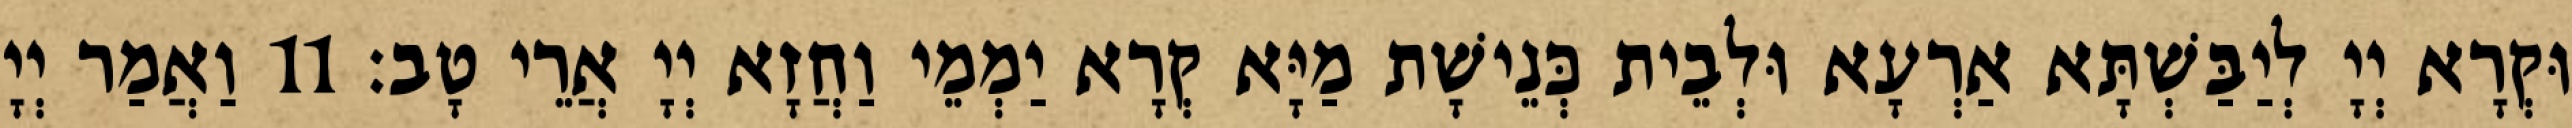
וּקְרָא יְיָ לְיַבַּשְׁתָּא אַרְעָא וּלְבֵית כְּנֵישָׁת מַיָּא קְרָא יַמְמֵי וַחֲזָא יְיָ אֲרֵי טָב׃ 11 וַאֲמַר יְיָ